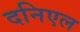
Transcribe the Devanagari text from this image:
दनिएल